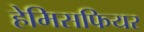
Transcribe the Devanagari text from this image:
हेमिसफियर